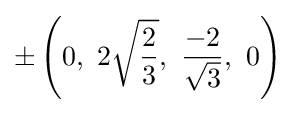
\pm \left(0,\ 2{\sqrt {\frac {2}{3}}},\ {\frac {-2}{\sqrt {3}}},\ 0\right)